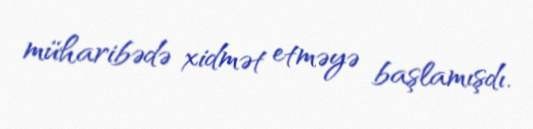
müharibədə xidmət etməyə başlamışdı.